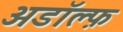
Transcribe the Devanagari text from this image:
अडॉल्फ़